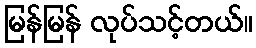
မြန်မြန် လုပ်သင့်တယ်။